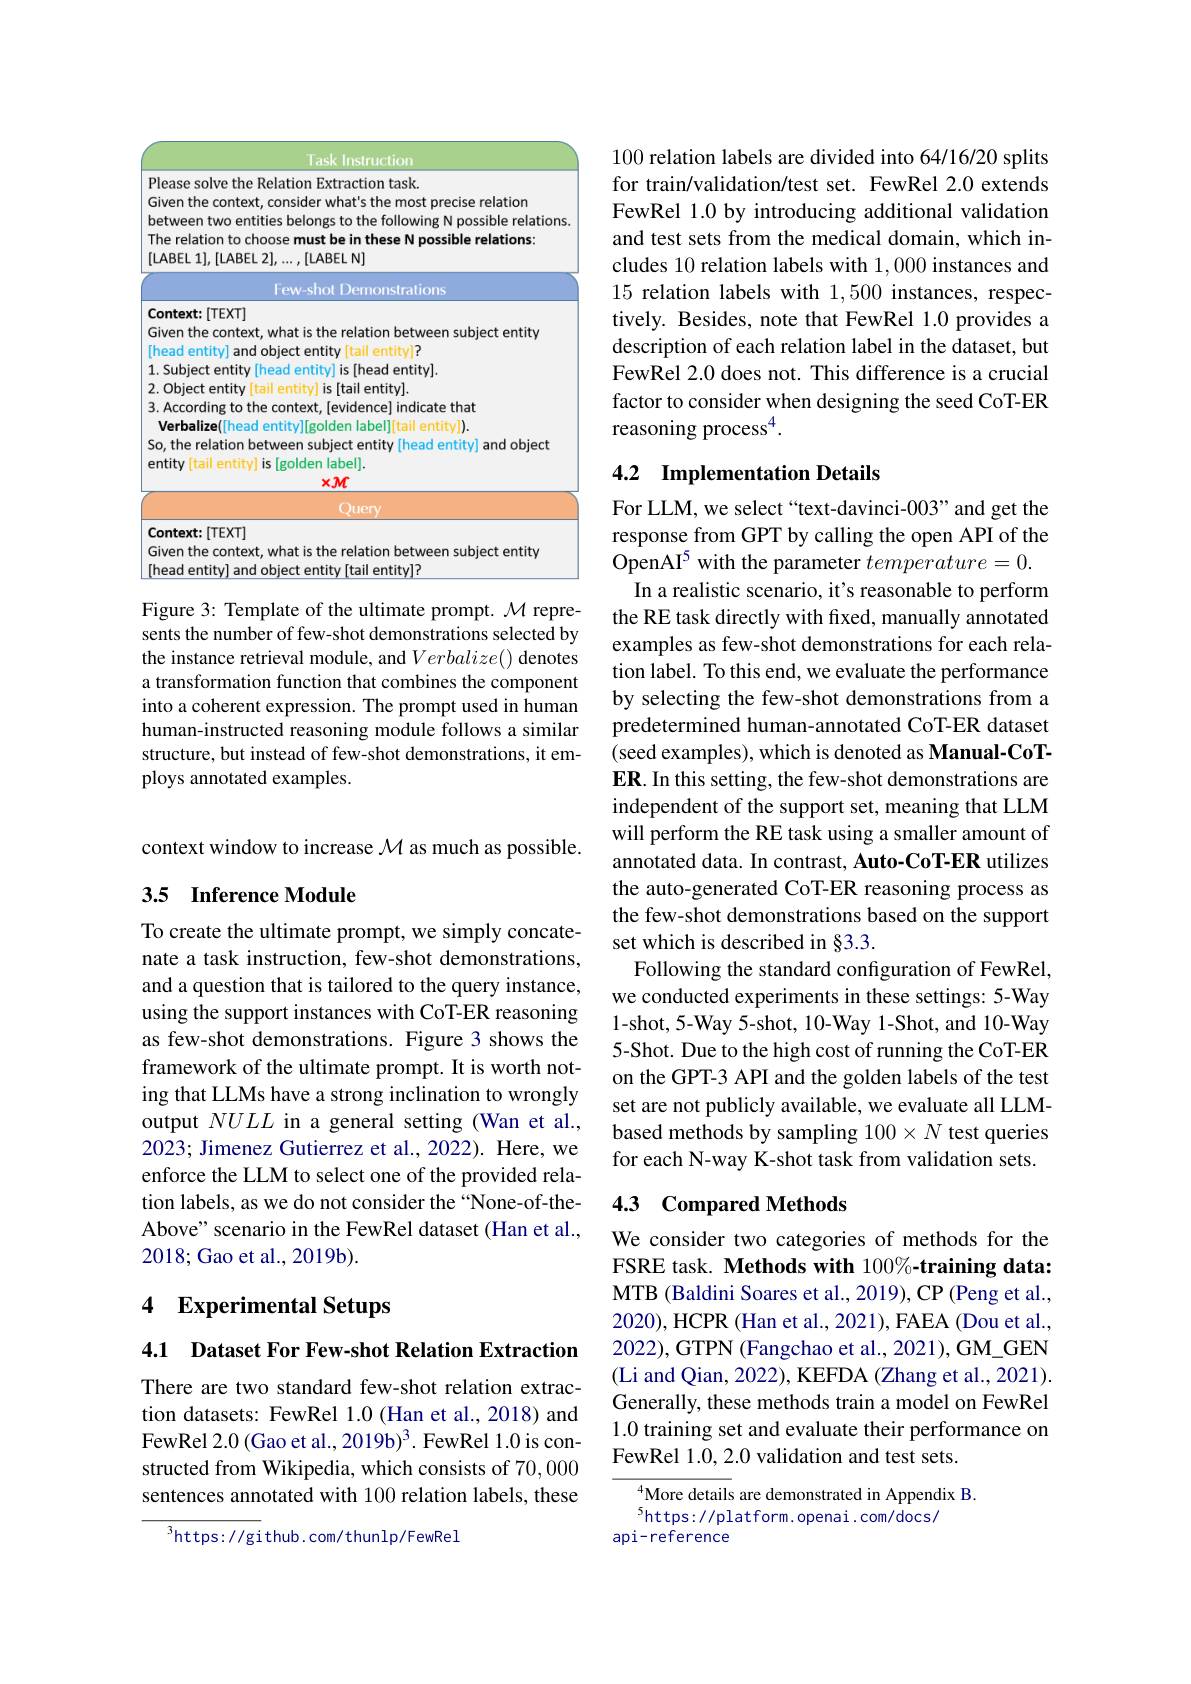
<FigureHere>

Figure 3: Template of the ultimate prompt. $\mathcal{M}$ represents the number of few-shot demonstrations selected by the instance retrieval module, and $Verbalize()$ denotes a transformation function that combines the component into a coherent expression. The prompt used in human human-instructed reasoning module follows a similar structure, but instead of few-shot demonstrations, it employs annotated examples.

context window to increase $\mathcal{M}$ as much as possible.

## 3.5 Inference Module

To create the ultimate prompt, we simply concatenate a task instruction, few-shot demonstrations, and a question that is tailored to the query instance, using the support instances with CoT-ER reasoning as few-shot demonstrations. Figure 3 shows the framework of the ultimate prompt. It is worth noting that LLMs have a strong inclination to wrongly output $NULL$ in a general setting (Wan et al., 2023; Jimenez Gutierrez et al., 2022). Here, we enforce the LLM to select one of the provided relation labels, as we do not consider the “None-of-theAbove" scenario in the FewRel dataset (Han et al., 2018;Gao et al., 2019b).

## 4 Experimental Setups

4.1 Dataset For Few-shot Relation Extraction

There are two standard few-shot relation extraction datasets: FewRel 1.0 (Han et al., 2018) and FewRel 2.0 (Gao et al., 2019b)$^3.$ FewRel 1.0 is constructed from Wikipedia, which consists of 70,000 sentences annotated with 100 relation labels, these

$^{3}$https: / / gi thub. com/ thun lp/ FewRel

100 relation labels are divided into 64/16/20 splits for train/validation/test set. FewRel 2.0 extends FewRel 1.0 by introducing additional validation and test sets from the medical domain, which includes 10 relation labels with 1,000 instances and 15 relation labels with 1,500 instances, respectively. Besides, note that FewRel 1.0 provides a description of each relation label in the dataset, but FewRel 2.0 does not. This difference is a crucial factor to consider when designing the seed CoT-ER reasoning process$^{4}.$

## 4.2 Implementation Details

For LLM, we select“text-davinci-003” and get the response from GPT by calling the open API of the OpenAI$^5$ with the parameter $temperature=0.$
In a realistic scenario, it's reasonable to perform the RE task directly with fxed, manually annotated examples as few-shot demonstrations for each relation label. To this end, we evaluate the performance by selecting the few-shot demonstrations from a predetermined human-annotated CoT-ER dataset (seed examples), which is denoted as Manual-CoTER. In this setting, the few-shot demonstrations are independent of the support set, meaning that LLM will perform the RE task using a smaller amount of annotated data. In contrast, Auto-CoT-ER utilizes the auto-generated CoT-ER reasoning process as the few-shot demonstrations based on the support set which is described in §3.3.
Following the standard configuration of FewRel, we conducted experiments in these settings: 5-Way 1-shot, 5-Way 5-shot, 10-Way 1-Shot, and 10-Way 5-Shot. Due to the high cost of running the CoT-ER on the GPT-3 API and the golden labels of the test set are not publicly available, we evaluate all LLMbased methods by sampling 100× N test queries for each N-way K-shot task from validation sets.

## 4.3 Compared Methods

We consider two categories of methods for the FSRE task. Methods with 100%-training data: MTB (Baldini Soares et al., 2019), CP (Peng et al., 2020), HCPR (Han et al., 2021), FAEA (Dou et al., 2022), GTPN (Fangchao et al., 2021), GM\_GEN (Li and Qian, 2022), KEFDA (Zhang et al., 2021). Generally, these methods train a model on FewRel 1.0 training set and evaluate their performance on FewRel 1.0, 2.0 validation and test sets.

More details are demonstrated in Appendix B.
$^{5}$https://platform.openai.com/docs/
api-reference